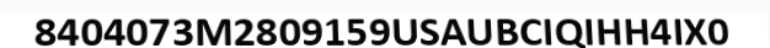
8404073M2809159USAUBCIQIHH4IX0